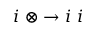
i \ \otimes \to i \ i